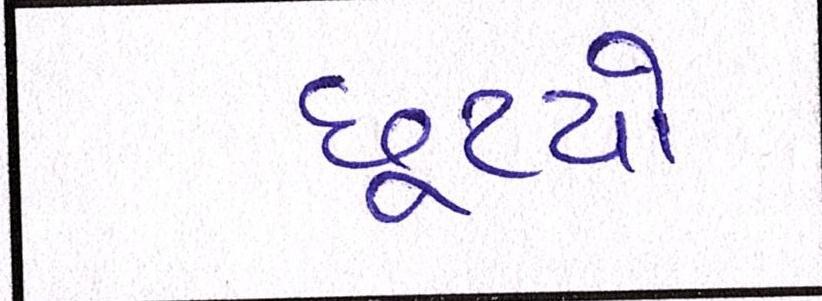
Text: છૂટયો